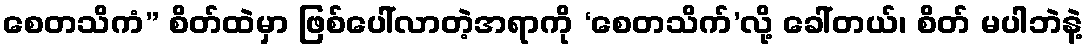
စေတသိကံ” စိတ်ထဲမှာ ဖြစ်ပေါ်လာတဲ့အရာကို ‘စေတသိက်’လို့ ခေါ်တယ်၊ စိတ် မပါဘဲနဲ့